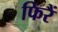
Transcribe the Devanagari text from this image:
फिरैं